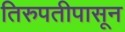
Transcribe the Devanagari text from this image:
तिरुपतीपासून